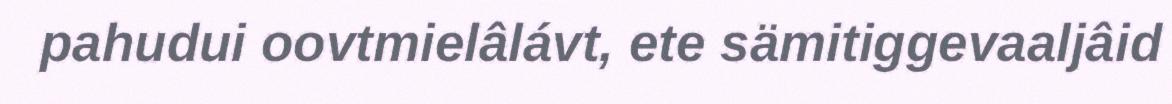
pahudui oovtmielâlávt, ete sämitiggevaaljâid